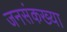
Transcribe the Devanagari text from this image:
जनसंकख्या